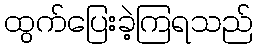
ထွက်ပြေးခဲ့ကြရသည်